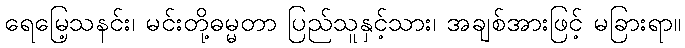
ရေမြေ့သနင်း၊ မင်းတို့ဓမ္မတာ ပြည်သူနှင့်သား၊ အချစ်အားဖြင့် မခြားရာ။